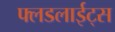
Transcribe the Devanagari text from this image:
फ्लडलाईट्स